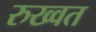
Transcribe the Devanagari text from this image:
रुख्वत